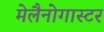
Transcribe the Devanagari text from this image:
मेलैनोगास्टर